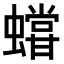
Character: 𧒩